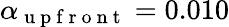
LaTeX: \alpha_{\mathrm{~u~p~f~r~o~n~t~}}=0.010